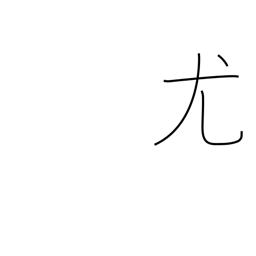
Meaning: natural